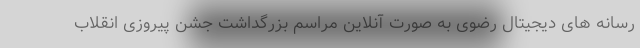
رسانه های دیجیتال رضوی به صورت آنلاین مراسم بزرگداشت جشن پیروزی انقلاب